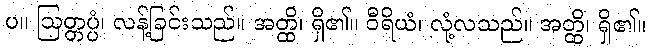
ပ။ ဩတ္တပ္ပံ၊ လန့်ခြင်းသည်။ အတ္ထိ၊ ရှိ၏။ ဝီရိယံ၊ လုံ့လသည်။ အတ္ထိ၊ ရှိ၏။